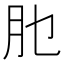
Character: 𦘮